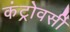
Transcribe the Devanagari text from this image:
कंट्रोवर्सी